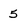
Character: 5